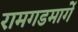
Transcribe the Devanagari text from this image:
रामगडमार्गे